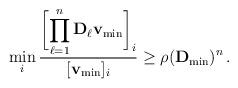
LaTeX: \begin{align*} \min_i \frac{\displaystyle\biggl[\prod_{\ell=1}^n \mathbf{D}_\ell \mathbf{v}_{\min}\biggr]_i}{[\mathbf{v}_{\min}]_i} \geq \rho(\mathbf{D}_{\min})^n\,.\end{align*}